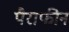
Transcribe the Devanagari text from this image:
पैराफीन